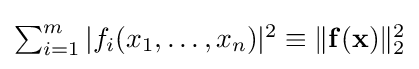
{\textstyle \sum _{i=1}^{m}|f_{i}(x_{1},\ldots ,x_{n})|^{2}\equiv \|\mathbf {f} (\mathbf {x} )\|_{2}^{2}}